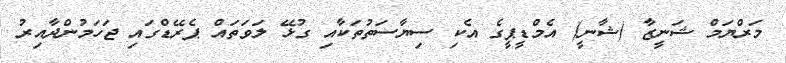
މަރްޔަމް ޝަނީޒާ (ޝާނީ) އެމްޑީޕީގެ އެކި ސިޔާސަތުތަކާއި ގުޅޭ ލަވަތައް ޕެރޭޑްގައި ޖަހަމުންދާއިރު